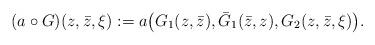
LaTeX: \begin{align*}(a\circ G)(z,\bar z,\xi):=a\bigl(G_1(z,\bar z),\bar G_1(\bar z,z),G_2(z,\bar z,\xi)\bigr).\end{align*}